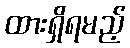
ထားရှိရမည့်